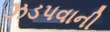
ઝડપવાની